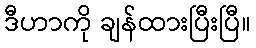
ဒီဟာကို ချန်ထားပြီးပြီ။